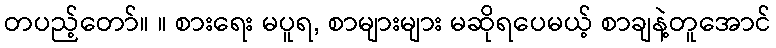
တပည့်တော်။ ။ စားရေး မပူရ, စာများများ မဆိုရပေမယ့် စာချနဲ့တူအောင်